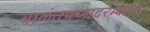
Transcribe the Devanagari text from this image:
बाळंतपणादरम्यान